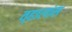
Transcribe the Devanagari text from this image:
व्हालांस